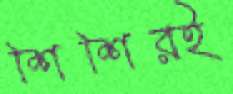
শিশিরই